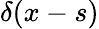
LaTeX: \delta(x-s)